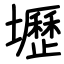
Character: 壢